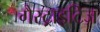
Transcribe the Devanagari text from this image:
गैस्ट्राइटिज़